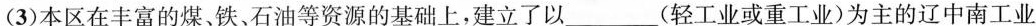
(3)本区在丰富的煤、铁、石油等资源的基础上，建立了以___(轻工业或重工业)为主的辽中南工业